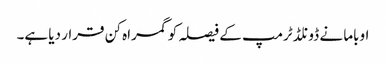
اوباما نے ڈونلڈ ٹرمپ کے فیصلہ کو گمراہ کن قرار دیا ہے۔